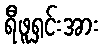
ရီဖူရှင်းအား